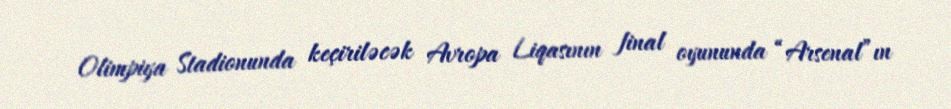
Olimpiya Stadionunda keçiriləcək Avropa Liqasının final oyununda “Arsenal”ın